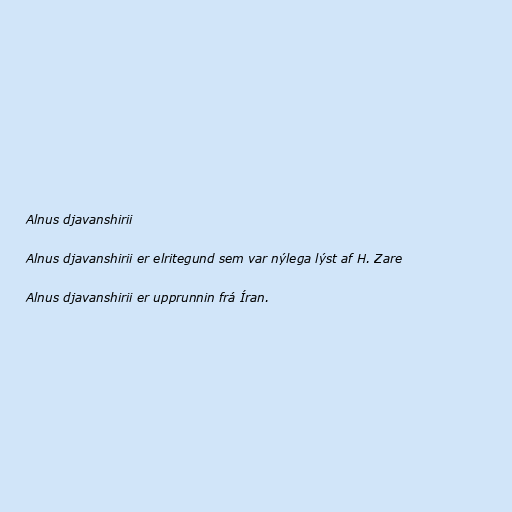
Alnus djavanshirii

Alnus djavanshirii er elritegund sem var nýlega lýst af H. Zare

Alnus djavanshirii er upprunnin frá Íran.